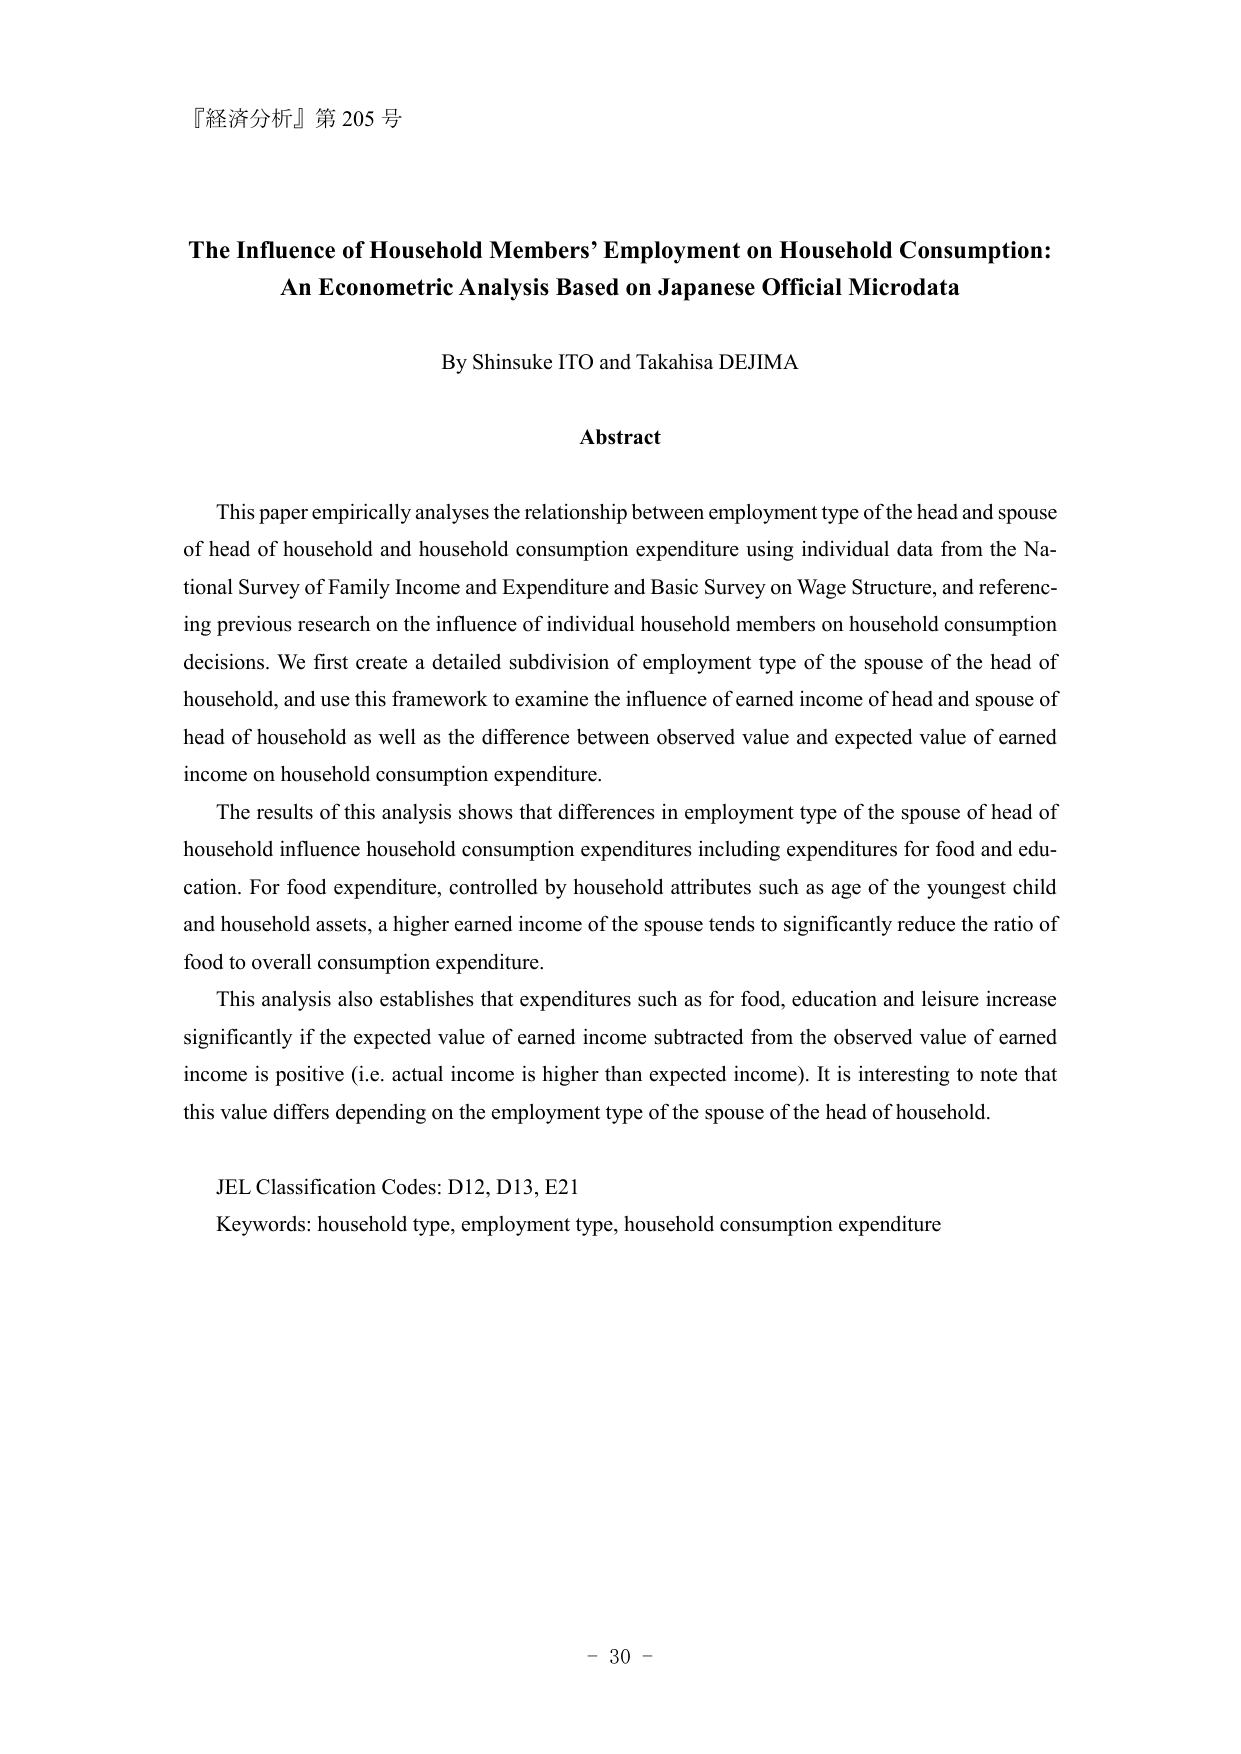
『経済分析』第 205 号

The Influence of Household Members’ Employment on Household Consumption:
An Econometric Analysis Based on Japanese Official Microdata

By Shinsuke ITO and Takahisa DEJIMA

Abstract

This paper empirically analyses the relationship between employment type of the head and spouse of head of household and household consumption expenditure using individual data from the National Survey of Family Income and Expenditure and Basic Survey on Wage Structure, and referencing previous research on the influence of individual household members on household consumption decisions. We first create a detailed subdivision of employment type of the spouse of the head of household, and use this framework to examine the influence of earned income of head and spouse of head of household as well as the difference between observed value and expected value of earned income on household consumption expenditure.

The results of this analysis shows that differences in employment type of the spouse of head of household influence household consumption expenditures including expenditures for food and education. For food expenditure, controlled by household attributes such as age of the youngest child and household assets, a higher earned income of the spouse tends to significantly reduce the ratio of food to overall consumption expenditure.

This analysis also establishes that expenditures such as for food, education and leisure increase significantly if the expected value of earned income subtracted from the observed value of earned income is positive (i.e. actual income is higher than expected income). It is interesting to note that this value differs depending on the employment type of the spouse of the head of household.

JEL Classification Codes: D12, D13, E21
Keywords: household type, employment type, household consumption expenditure

- 30 -